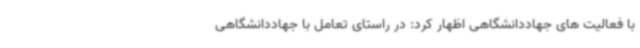
با فعالیت های جهاددانشگاهی اظهار کرد: در راستای تعامل با جهاددانشگاهی